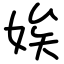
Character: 娭